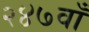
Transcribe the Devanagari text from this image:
२४७वाँ